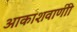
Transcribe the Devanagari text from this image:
आकाशवाणीी